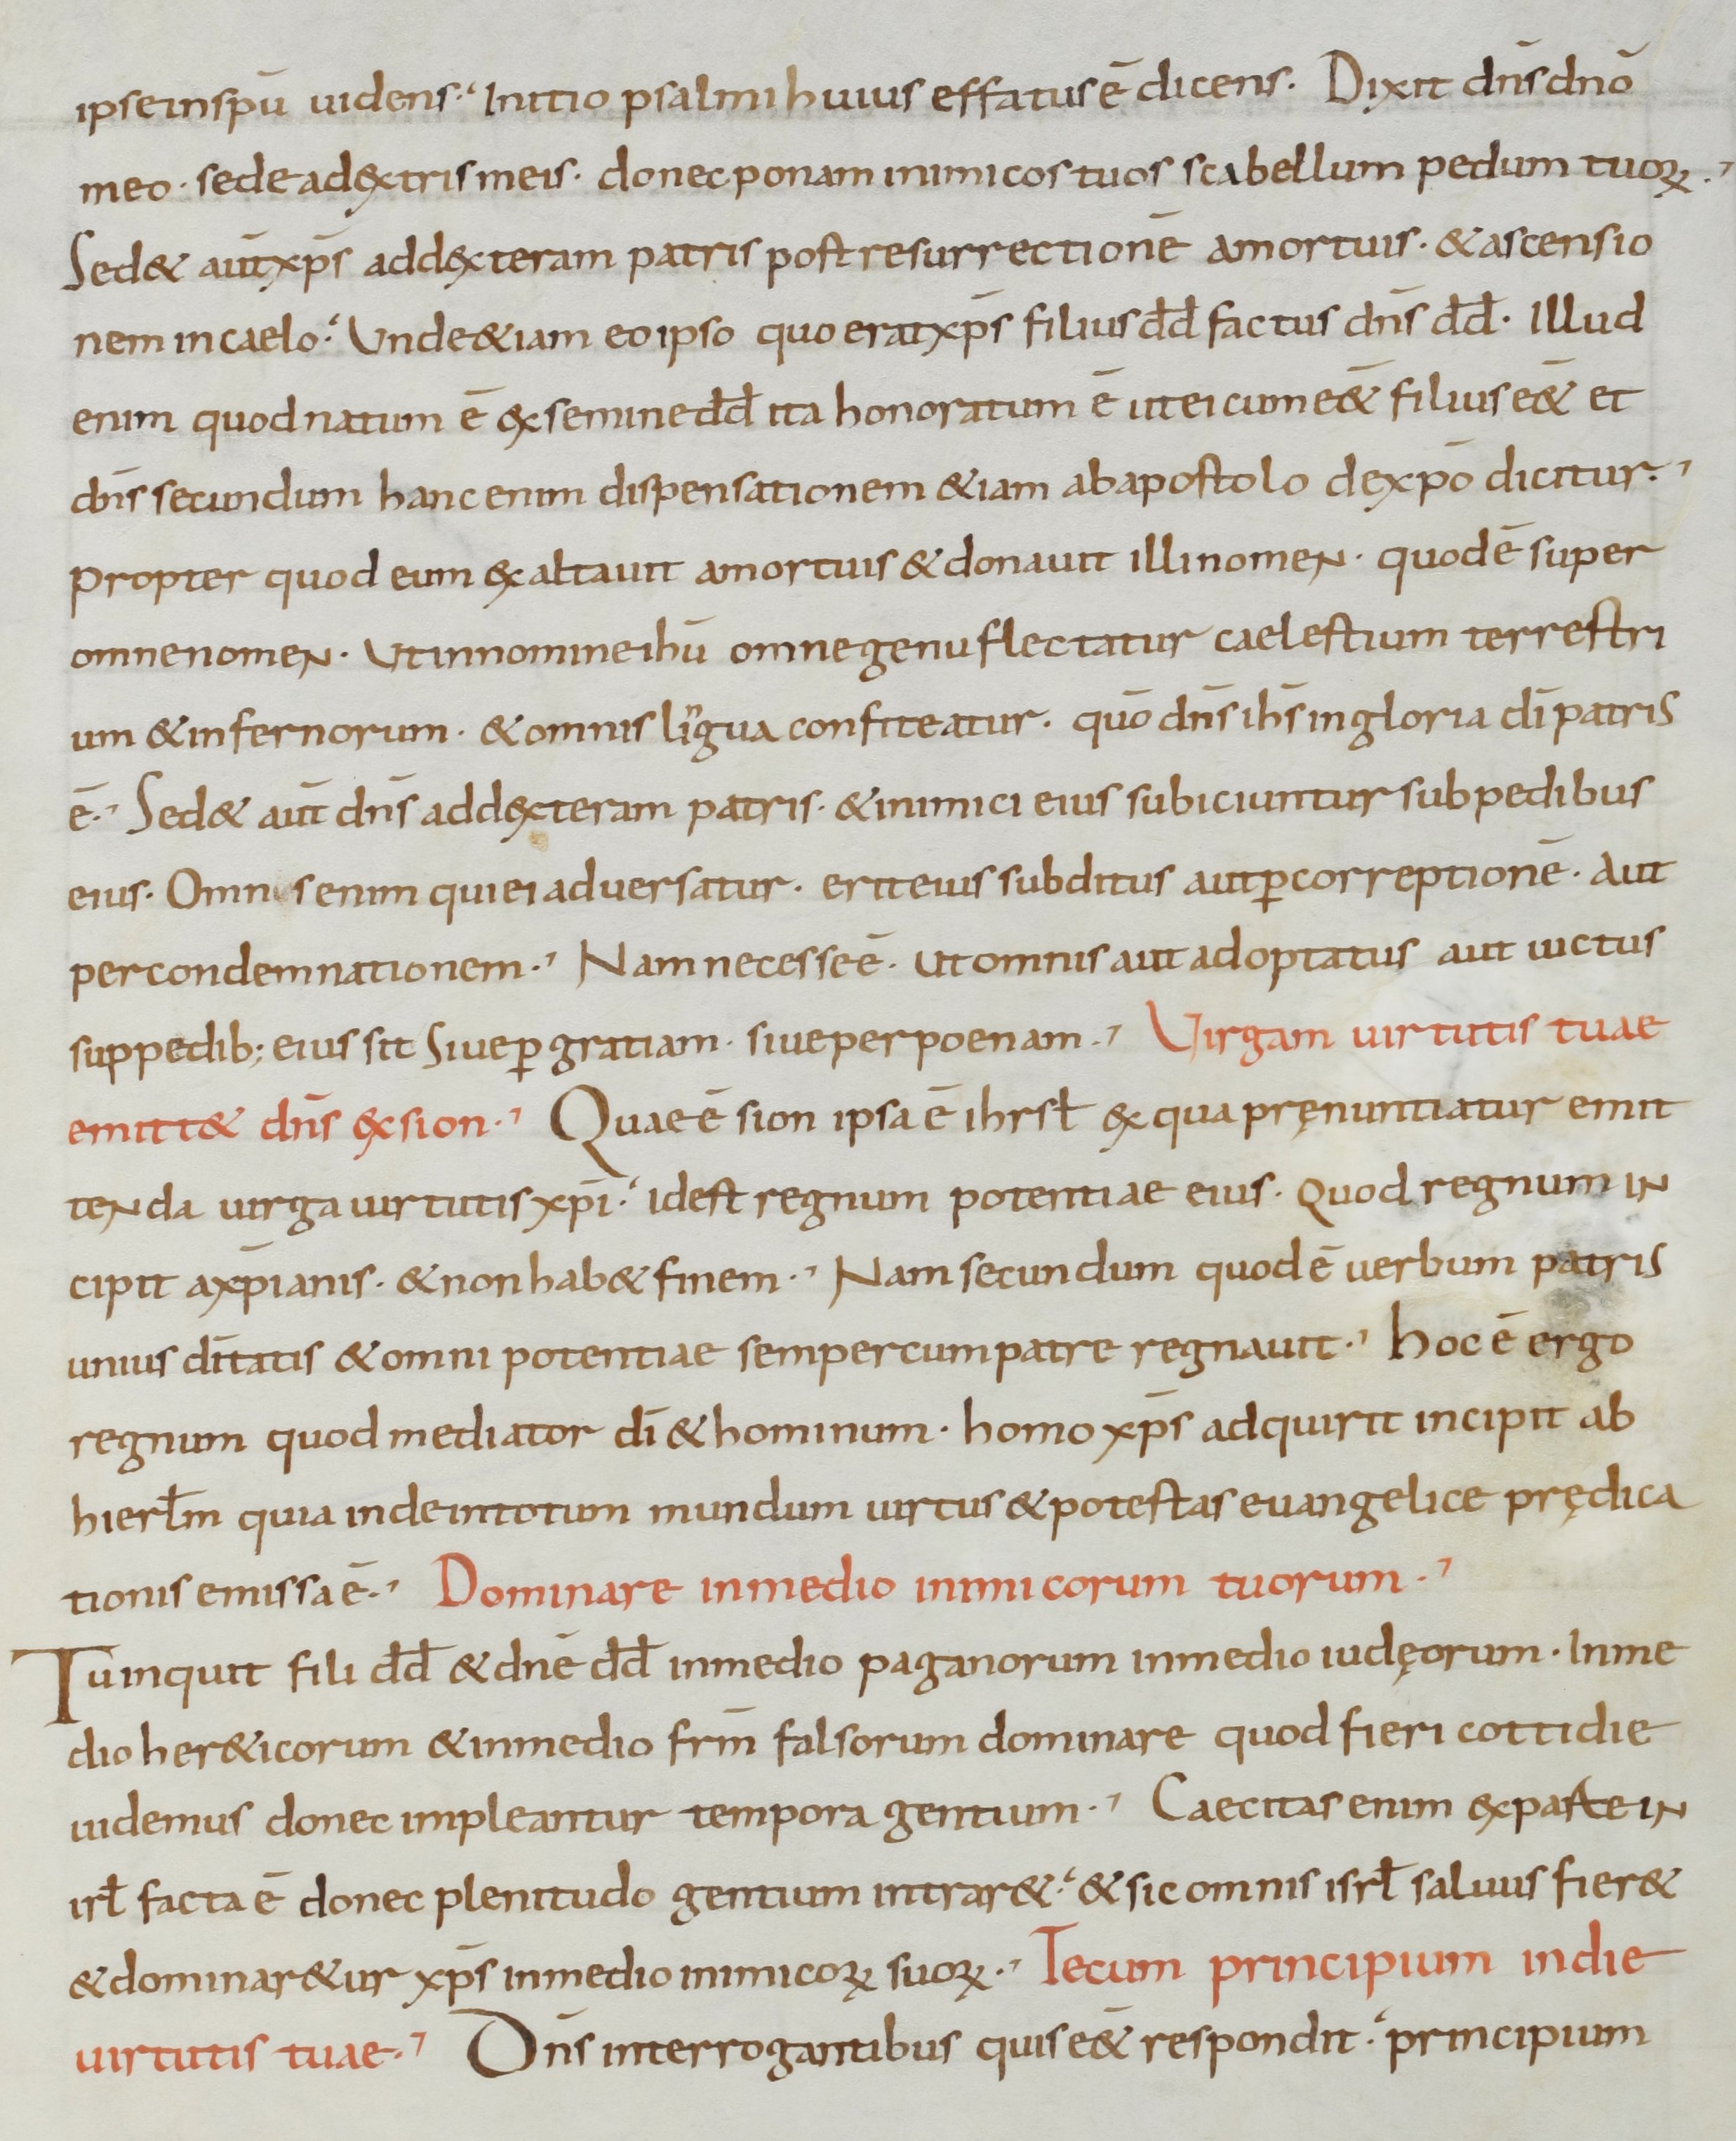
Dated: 900–1099